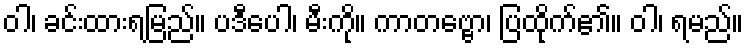
ဝါ၊ ခင်းထားရမြည်။ ပဒီပေါ၊ မီးကို။ ကာတဗ္ဗော၊ ပြထိုက်၏။ ဝါ၊ ရမည်။